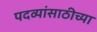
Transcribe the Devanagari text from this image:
पदव्यांसाठीच्या